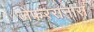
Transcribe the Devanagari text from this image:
जेफरसनास